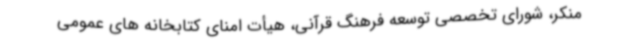
منکر، شورای تخصصی توسعه فرهنگ قرآنی، هیأت امنای کتابخانه های عمومی